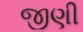
જીણી